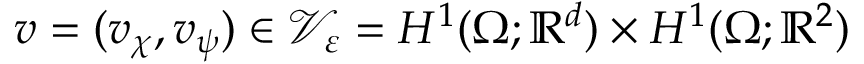
v = ( \boldsymbol { v } _ { \boldsymbol { \chi } } , v _ { \psi } ) \in \mathcal { V } _ { \varepsilon } = H ^ { 1 } ( \Omega ; \mathbb { R } ^ { d } ) \times H ^ { 1 } ( \Omega ; \mathbb { R } ^ { 2 } )